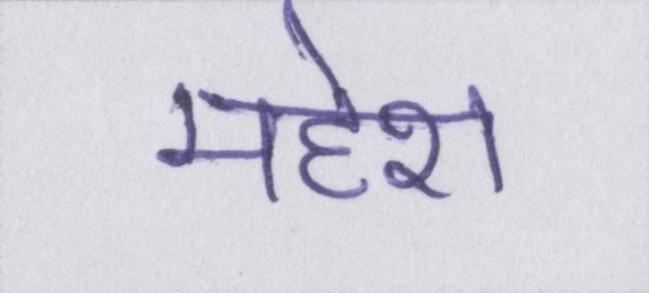
महेश